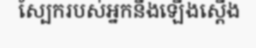
ស្បែករបស់អ្នកនឹងឡើងស្តើង